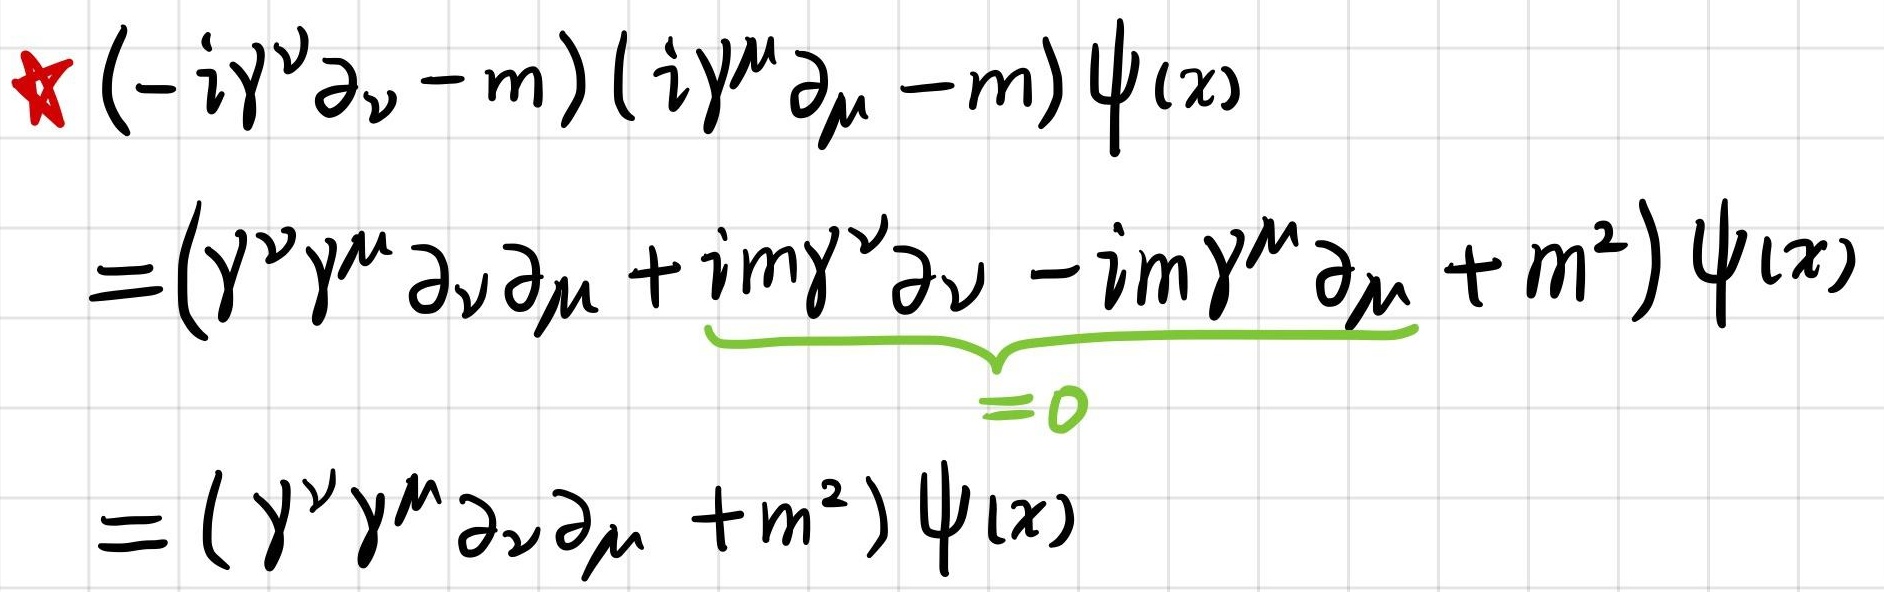
\[
\begin{align*}
&\star(-i\gamma^{\nu}\partial_{\nu}-m)(i\gamma^{\mu}\partial_{\mu}-m)\psi(x)\\
=&(\gamma^{\nu}\gamma^{\mu}\partial_{\nu}\partial_{\mu}+i m\gamma^{\nu}\partial_{\nu}-i m\gamma^{\mu}\partial_{\mu}+m^{2})\psi(x)\\
=&(\gamma^{\nu}\gamma^{\mu}\partial_{\nu}\partial_{\mu}+m^{2})\psi(x)
\end{align*}
\]